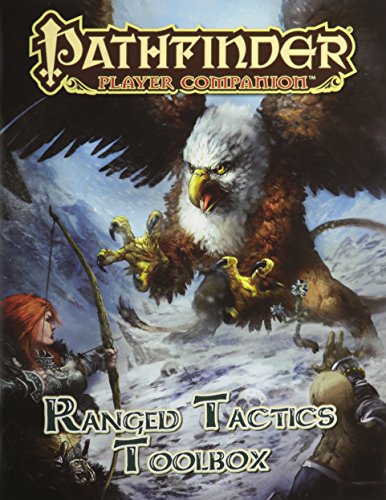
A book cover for Pathfinder Player Companion: Ranged Tactics Toolbox; David N. Ross; Science Fiction & Fantasy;